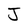
Character: J